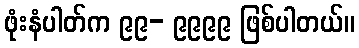
ဖုံးနံပါတ်က ၉၉- ၉၉၉၉ ဖြစ်ပါတယ်။